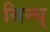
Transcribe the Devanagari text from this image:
सिन्घ्